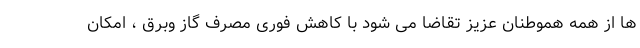
ها از همه هموطنان عزیز تقاضا می شود با کاهش فوری مصرف گاز وبرق ، امکان